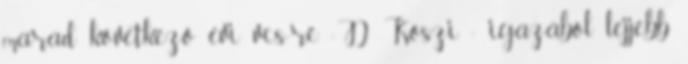
marad következő évi vcs-re :D Köszi : igazából lejjebb